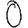
Digit: 0